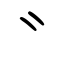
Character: ⺀